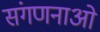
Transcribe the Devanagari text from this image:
संगणनाओ